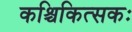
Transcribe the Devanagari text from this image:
कश्चिकित्सकः